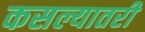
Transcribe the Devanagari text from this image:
कसल्यातरी